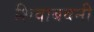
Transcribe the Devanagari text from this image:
शिवाबवनी